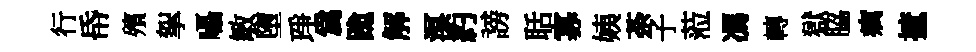
行帋殯挐囁敏墮琤爲跪解溟約謗聒寡姨荼子蒞馮轉獄脇癘摭